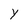
Character: Y